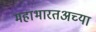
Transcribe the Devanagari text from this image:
महाभारतअच्या